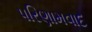
પરિણામવાદ